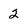
Character: 2